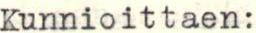
Kunnioittaen: